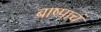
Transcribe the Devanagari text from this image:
बाष्पाचं